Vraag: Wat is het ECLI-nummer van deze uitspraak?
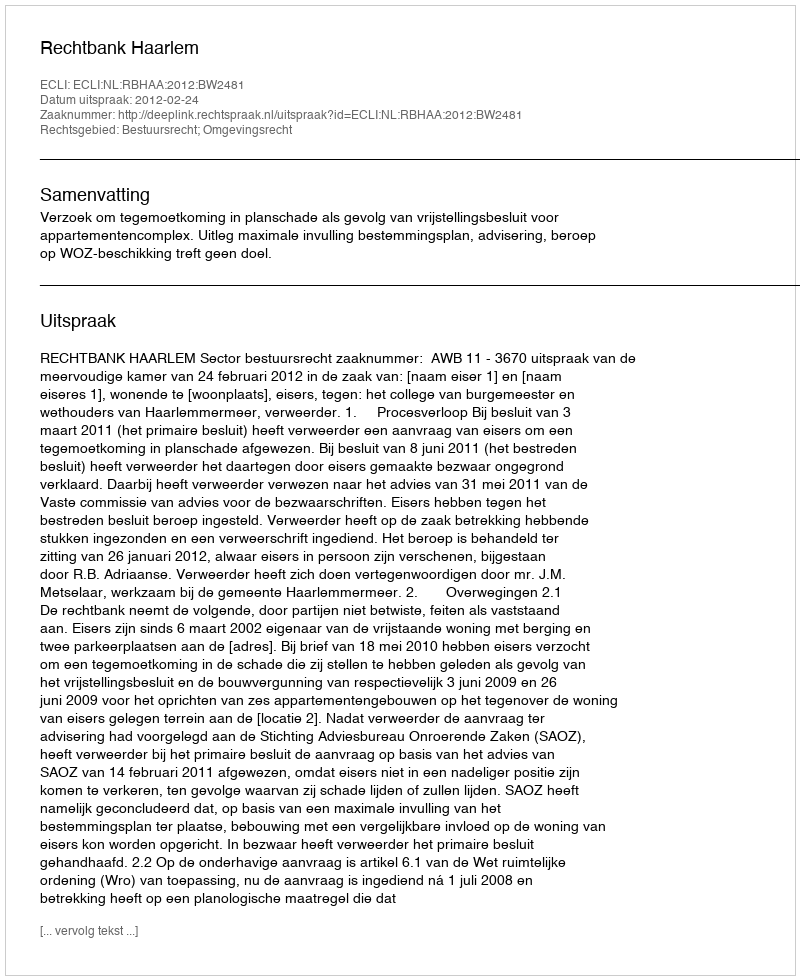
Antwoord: ECLI:NL:RBHAA:2012:BW2481